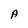
Character: A